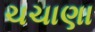
ચચાણા